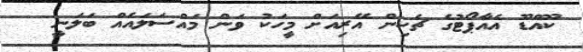
ކޫއްޑޫ އެއާޕޯޓުގެ ޗެކިން އޭރިއަށް މީހަކު ވަން މައްސަލައެއް ބަލަނީ